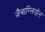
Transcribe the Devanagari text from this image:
ज़ैबाग्लियोन